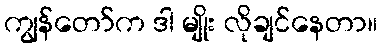
ကျွန်တော်က ဒါ မျိုး လိုချင်နေတာ။